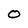
Character: O